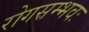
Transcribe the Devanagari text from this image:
रोगसम्भवः